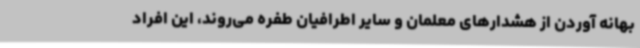
بهانه آوردن از هشدارهای معلمان و سایر اطرافیان طفره می‌روند، این افراد